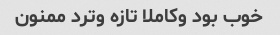
خوب بود وکاملا تازه وترد ممنون